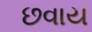
છવાય